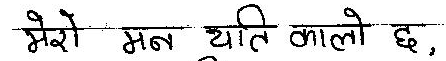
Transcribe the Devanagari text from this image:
मेरो मन याति कालो छ,